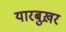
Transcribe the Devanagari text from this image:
यारबुख़र